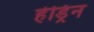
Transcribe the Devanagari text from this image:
हेड्रिन